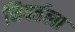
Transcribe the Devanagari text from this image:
निवर्तला